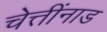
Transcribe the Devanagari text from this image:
चेत्तींनाड